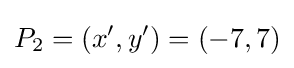
P_{2}=(x',y')=(-7,7)